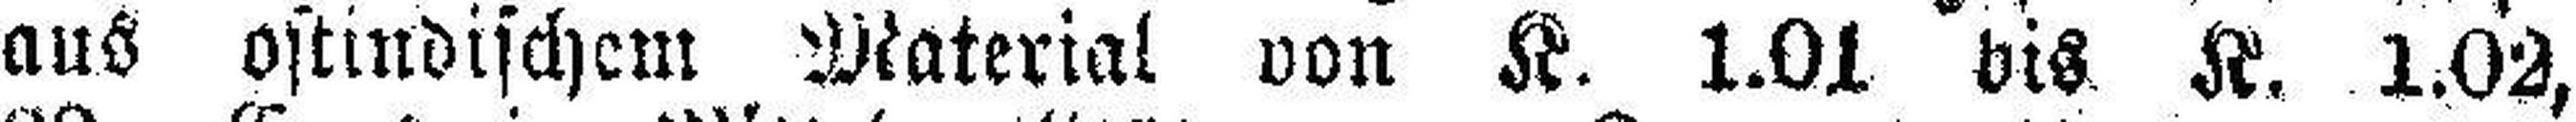
aus ostindischem Material von K. 1.01 bis K. 1.02,